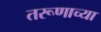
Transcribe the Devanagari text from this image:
तरूणाच्या